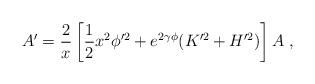
LaTeX: \begin{align*}A' = \frac{2}{x} \left[\frac{1}{2} x^2 \phi'^2 + e^{2 \gamma \phi } (K'^2 +H'^2) \right] A\ , \end{align*}